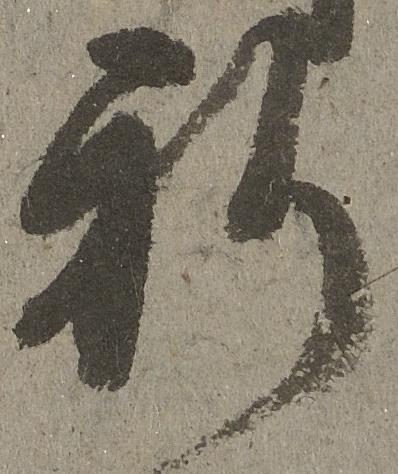
祈